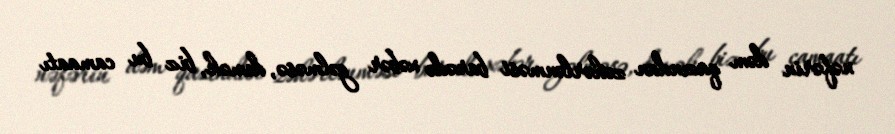
nəfərin dəm qazından zəhərlənməsi barədə xəbər gəlməsə, demək, biz bu camaatı